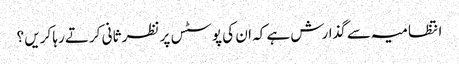
انتظامیہ سے گذارش ہے کہ ان کی پوسٹس پر نظر ثانی کرتے رہا کریں ؟